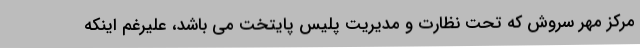
مرکز مهر سروش که تحت نظارت و مدیریت پلیس پایتخت می باشد، علیرغم اینکه